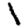
Digit: 1